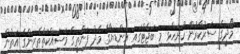
މޯދީގެ ސަރުކާރުން ހުށަހެޅި މި ބަޖެޓްގައި އިންޑިޔާގެ މެދު ފަންތީގެ މަސައްކަތްތެރިންގެ އަތުން